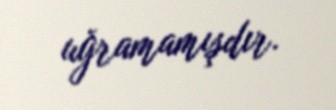
uğramamışdır.